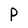
Character: P